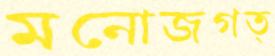
মনোজগত্